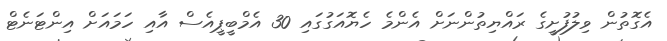
އެގޮތުން ވިލުފުށީގެ ރައްޔިތުންނަށް އެންމެ ހެޔޮއަގުގައި 30 އެމްބީޕީއެސް އާއި ހަމައަށް އިންޓަނެޓް